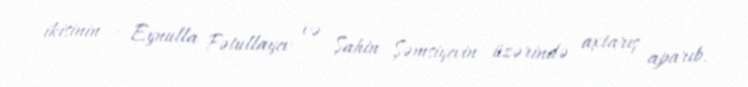
ikisinin - Eynulla Fətullayev və Şahin Şəmsiyevin üzərində axtarış aparıb.